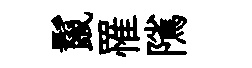
鬣罹隲